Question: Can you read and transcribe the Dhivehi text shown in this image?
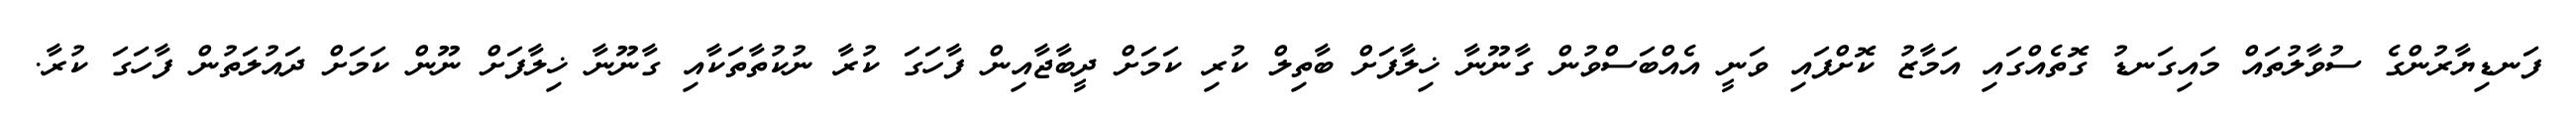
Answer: ފަނޑިޔާރުންގެ ސުވާލުތައް މައިގަނޑު ގޮތެއްގައި އަމާޒު ކޮށްފައި ވަނީ އެއްބަސްވުން ގާނޫނާ ޚިލާފަށް ބާތިލް ކުރި ކަމަށް ދީބާޖާއިން ފާހަގަ ކުރާ ނުކުތާތަކާއި ގާނޫނާ ޚިލާފަށް ނޫން ކަމަށް ދައުލަތުން ފާހަގަ ކުރާ.